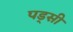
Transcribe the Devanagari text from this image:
पड्सी